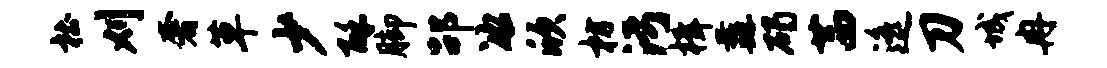
杜刈奢草少酥脚劭冰欣枋污楫纛碣茜遥刀城冉